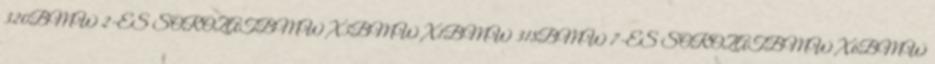
320BMW 2-ES SOROZATBMW X3BMW X1BMW 318BMW 7-ES SOROZATBMW X6BMW